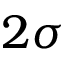
2 \sigma